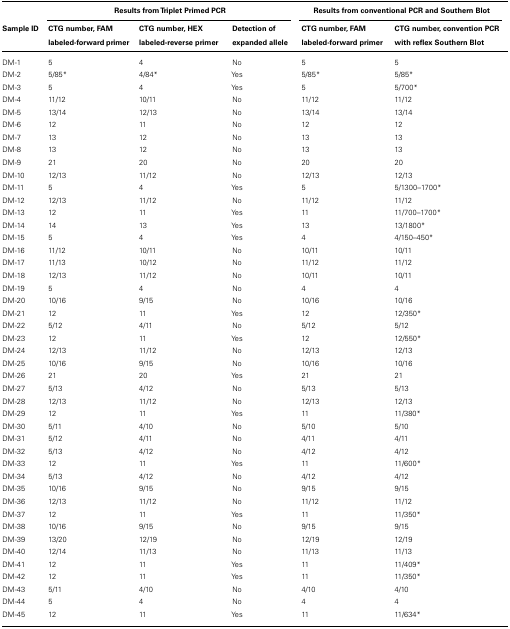
<table><thead><tr><td></td><td colspan="3"><b>Results from Triplet Primed PCR</b></td><td colspan="2"><b>Results from conventional PCR and Southern Blot</b></td></tr><tr><td><b>Sample ID</b></td><td><b>CTG number, FAM labeled-forward primer</b></td><td><b>CTG number, HEX labeled-reverse primer</b></td><td><b>Detection of expanded allele</b></td><td><b>CTG number, FAM labeled-forward primer</b></td><td><b>CTG number, convention PCR with reflex Southern Blot</b></td></tr></thead><tbody><tr><td>DM-1</td><td>5</td><td>4</td><td>No</td><td>5</td><td>5</td></tr><tr><td>DM-2</td><td>5/85*</td><td>4/84*</td><td>Yes</td><td>5/85*</td><td>5/85*</td></tr><tr><td>DM-3</td><td>5</td><td>4</td><td>Yes</td><td>5</td><td>5/700*</td></tr><tr><td>DM-4</td><td>11/12</td><td>10/11</td><td>No</td><td>11/12</td><td>11/12</td></tr><tr><td>DM-5</td><td>13/14</td><td>12/13</td><td>No</td><td>13/14</td><td>13/14</td></tr><tr><td>DM-6</td><td>12</td><td>11</td><td>No</td><td>12</td><td>12</td></tr><tr><td>DM-7</td><td>13</td><td>12</td><td>No</td><td>13</td><td>13</td></tr><tr><td>DM-8</td><td>13</td><td>12</td><td>No</td><td>13</td><td>13</td></tr><tr><td>DM-9</td><td>21</td><td>20</td><td>No</td><td>20</td><td>20</td></tr><tr><td>DM-10</td><td>12/13</td><td>11/12</td><td>No</td><td>12/13</td><td>12/13</td></tr><tr><td>DM-11</td><td>5</td><td>4</td><td>Yes</td><td>5</td><td>5/1300–1700*</td></tr><tr><td>DM-12</td><td>12/13</td><td>11/12</td><td>No</td><td>11/12</td><td>11/12</td></tr><tr><td>DM-13</td><td>12</td><td>11</td><td>Yes</td><td>11</td><td>11/700–1700*</td></tr><tr><td>DM-14</td><td>14</td><td>13</td><td>Yes</td><td>13</td><td>13/1800*</td></tr><tr><td>DM-15</td><td>5</td><td>4</td><td>Yes</td><td>4</td><td>4/150–450*</td></tr><tr><td>DM-16</td><td>11/12</td><td>10/11</td><td>No</td><td>10/11</td><td>10/11</td></tr><tr><td>DM-17</td><td>11/13</td><td>10/12</td><td>No</td><td>11/12</td><td>11/12</td></tr><tr><td>DM-18</td><td>12/13</td><td>11/12</td><td>No</td><td>10/11</td><td>10/11</td></tr><tr><td>DM-19</td><td>5</td><td>4</td><td>No</td><td>4</td><td>4</td></tr><tr><td>DM-20</td><td>10/16</td><td>9/15</td><td>No</td><td>10/16</td><td>10/16</td></tr><tr><td>DM-21</td><td>12</td><td>11</td><td>Yes</td><td>12</td><td>12/350*</td></tr><tr><td>DM-22</td><td>5/12</td><td>4/11</td><td>No</td><td>5/12</td><td>5/12</td></tr><tr><td>DM-23</td><td>12</td><td>11</td><td>Yes</td><td>12</td><td>12/550*</td></tr><tr><td>DM-24</td><td>12/13</td><td>11/12</td><td>No</td><td>12/13</td><td>12/13</td></tr><tr><td>DM-25</td><td>10/16</td><td>9/15</td><td>No</td><td>10/16</td><td>10/16</td></tr><tr><td>DM-26</td><td>21</td><td>20</td><td>Yes</td><td>21</td><td>21</td></tr><tr><td>DM-27</td><td>5/13</td><td>4/12</td><td>No</td><td>5/13</td><td>5/13</td></tr><tr><td>DM-28</td><td>12/13</td><td>11/12</td><td>No</td><td>12/13</td><td>12/13</td></tr><tr><td>DM-29</td><td>12</td><td>11</td><td>Yes</td><td>11</td><td>11/380*</td></tr><tr><td>DM-30</td><td>5/11</td><td>4/10</td><td>No</td><td>5/10</td><td>5/10</td></tr><tr><td>DM-31</td><td>5/12</td><td>4/11</td><td>No</td><td>4/11</td><td>4/11</td></tr><tr><td>DM-32</td><td>5/13</td><td>4/12</td><td>No</td><td>4/12</td><td>4/12</td></tr><tr><td>DM-33</td><td>12</td><td>11</td><td>Yes</td><td>11</td><td>11/600*</td></tr><tr><td>DM-34</td><td>5/13</td><td>4/12</td><td>No</td><td>4/12</td><td>4/12</td></tr><tr><td>DM-35</td><td>10/16</td><td>9/15</td><td>No</td><td>9/15</td><td>9/15</td></tr><tr><td>DM-36</td><td>12/13</td><td>11/12</td><td>No</td><td>11/12</td><td>11/12</td></tr><tr><td>DM-37</td><td>12</td><td>11</td><td>Yes</td><td>11</td><td>11/350*</td></tr><tr><td>DM-38</td><td>10/16</td><td>9/15</td><td>No</td><td>9/15</td><td>9/15</td></tr><tr><td>DM-39</td><td>13/20</td><td>12/19</td><td>No</td><td>12/19</td><td>12/19</td></tr><tr><td>DM-40</td><td>12/14</td><td>11/13</td><td>No</td><td>11/13</td><td>11/13</td></tr><tr><td>DM-41</td><td>12</td><td>11</td><td>Yes</td><td>11</td><td>11/409*</td></tr><tr><td>DM-42</td><td>12</td><td>11</td><td>Yes</td><td>11</td><td>11/350*</td></tr><tr><td>DM-43</td><td>5/11</td><td>4/10</td><td>No</td><td>4/10</td><td>4/10</td></tr><tr><td>DM-44</td><td>5</td><td>4</td><td>No</td><td>4</td><td>4</td></tr><tr><td>DM-45</td><td>12</td><td>11</td><td>Yes</td><td>11 </td><td>11/634*</td></tr></tbody></table>